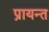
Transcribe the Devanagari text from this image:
प्रायन्त